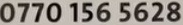
0770 156 5628